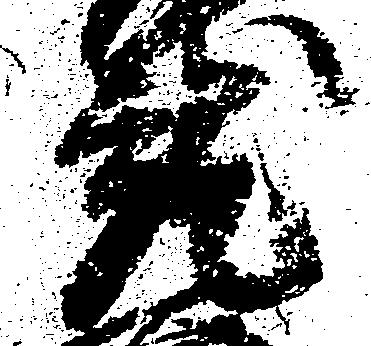
就